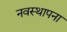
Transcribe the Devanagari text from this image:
नवस्थापना